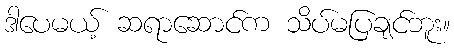
ဒါပေမယ့် ဆရာဆောင်က သိပ်မပြချင်ဘူး။